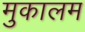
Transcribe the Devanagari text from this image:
मुकालम